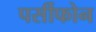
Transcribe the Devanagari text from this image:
पर्सीफोन